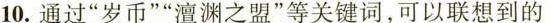
10.通过”岁币””澶渊之盟”等关键词，可以联想到的